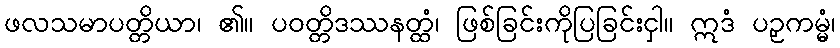
ဖလသမာပတ္တိယာ၊ ၏။ ပဝတ္တိဒဿနတ္ထံ၊ ဖြစ်ခြင်းကိုပြခြင်းငှါ။ ဣဒံ ပဉှကမ္မံ၊